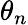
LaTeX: \theta_{n}